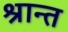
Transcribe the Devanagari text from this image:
श्रान्त